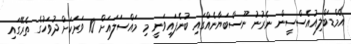
އެމްޑަބްލިއުއެސްސީން ނެރުނު ނޫސްބަޔާނެއްގައި ބުނެފައިވަނީ މި މައްސަލައަށް 10 ވަރަކަށް ދުވަހުގެ ތެރޭގައި